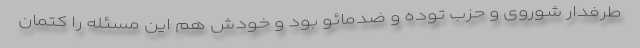
طرفدار شوروی و حزب توده و ضد‌مائو بود و خودش هم این مسئله را كتمان